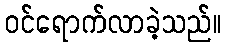
ဝင်ရောက်လာခဲ့သည်။